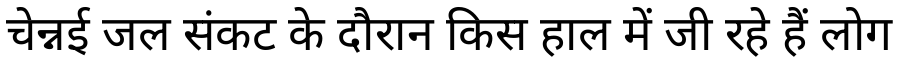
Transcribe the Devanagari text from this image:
चेन्नई जल संकट के दौरान किस हाल में जी रहे हैं लोग